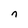
Character: n